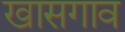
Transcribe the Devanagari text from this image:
खासगाव